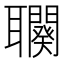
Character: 𦘍